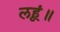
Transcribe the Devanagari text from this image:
लहूं॥